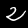
Label: 2